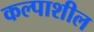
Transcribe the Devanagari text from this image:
कल्पाशील